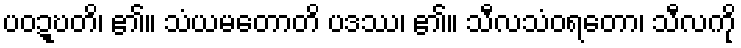
ပဝဍ္ဎတိ၊ ၏။ သံယမတောတိ ပဒဿ၊ ၏။ သီလသံဝရတော၊ သီလကို